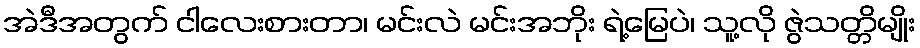
အဲဒီအတွက် ငါလေးစားတာ၊ မင်းလဲ မင်းအဘိုး ရဲ့မြေပဲ၊ သူ့လို ဇွဲသတ္တိမျိုး